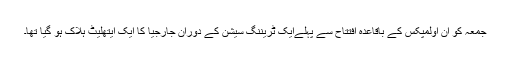
جمعہ کو ان اولمپکس کے باقاعدہ افتتاح سے پہلےایک ٹریننگ سیشن کے دوران جارجیا کا ایک ایتھلیٹ ہلاک ہو گیا تھا۔